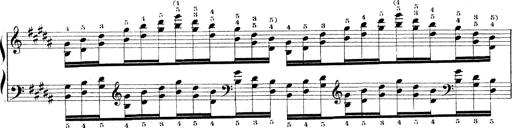
Title: Technische Studien
Composer: Franz Liszt